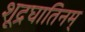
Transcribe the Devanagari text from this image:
शूद्रघातिनम्